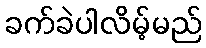
ခက်ခဲပါလိမ့်မည်